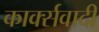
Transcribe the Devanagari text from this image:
कार्क्सवादी